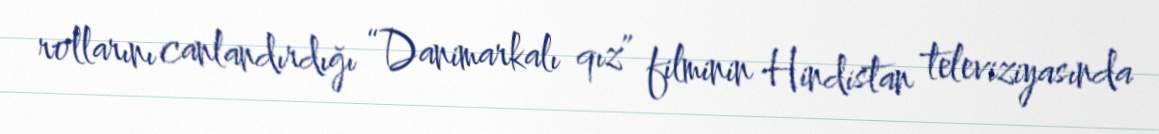
rollarını canlandırdığı “Danimarkalı qız” filminin Hindistan televiziyasında